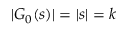
| G _ { 0 } ( s ) | = | s | = k